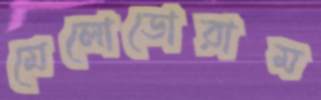
মেলোডোরাম